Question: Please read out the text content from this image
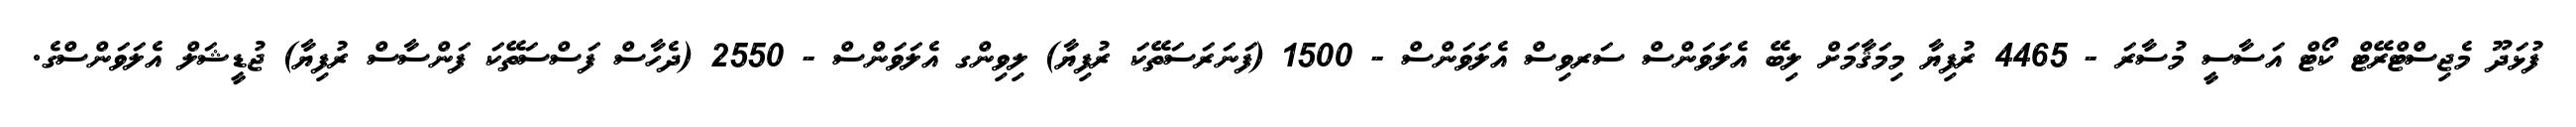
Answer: ފުޅަދޫ މެޖިސްޓްރޭޓް ކޯޓް އަސާސީ މުސާރަ - 4465 ރުފިޔާ މިމަޤާމަށް ލިބޭ އެލަވަންސް ސަރވިސް އެލަވަންސް - 1500 (ފަނަރަސަތޭކަ ރުފިޔާ) ލިވިންގ އެލަވަންސް - 2550 (ދެހާސް ފަސްސަތޭކަ ފަންސާސް ރުފިޔާ) ޖުޑީޝަލް އެލަވަންސްގެ.